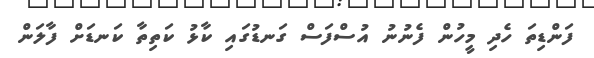
ފަންޑިތަ ހެދި މީހުން ފެނުނު އުސްފަސް ގަނޑުގައި ކާޅު ކަތިތާ ކަނޑަށް ފާލަން